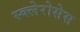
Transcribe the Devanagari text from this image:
स्क्लेरोसेस